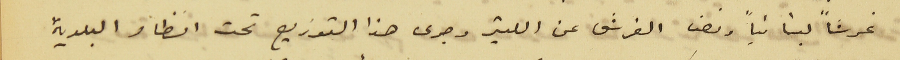
غرشاً لبنانياً ونصف الغرش عن الليتر وجرى هذا التوزيع تحت انظار البلدية